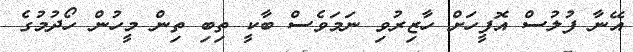
އޭނާ ފުލުސް އޮފީހަށް ހާޒިރުވި ނަމަވެސް ބާކީ ތިބި ތިން މީހުން ހޯދުމުގެ